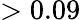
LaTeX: >0.09